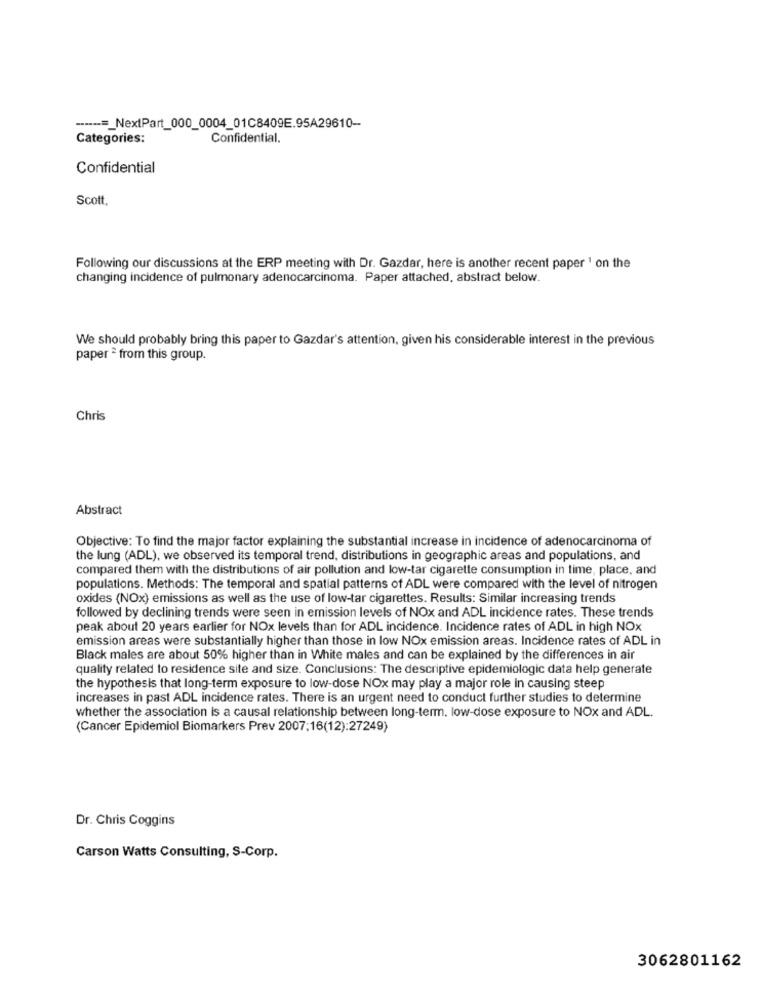
------=_ NextPart_000_0004_01C8409E.95A29610-
Categories:
Confidential.
Confidential
Scott.
Following our discussions at the ERP meeting with Dr. Gazdar, here is another recent paper 1 on the
changing incidence of pulmonary adenocarcinoma. Paper attached, abstract below.
We should probably bring this paper to Gazdar's attention, given his considerable interest in the previous
paper ª from this group.
Chris
Abstract
Objective: To find the major factor explaining the substantial increase in incidence of adenocarcinoma of
the lung (ADL), we observed its temporal trend, distributions in geographic areas and populations, and
compared them with the distributions of air pollution and low-tar cigarette consumption in time, place, and
populations. Methods: The temporal and spatial patterns of ADL were compared with the level of nitrogen
oxides (NOX) emissions as well as the use of low-tar cigarettes. Results: Similar increasing trends
followed by declining trends were seen in emission levels of NOx and ADL incidence rates. These trends
peak about 20 years earlier for NOx levels than for ADL incidence. Incidence rates of ADL in high NOx
emission areas were substantially higher than those in low NOx emission areas. Incidence rates of ADL in
Black males are about 50% higher than in White males and can be explained by the differences in air
quality related to residence site and size. Conclusions: The descriptive epidemiologic data help generate
the hypothesis that long-term exposure to low-dose NOx may play a major role in causing steep
increases in past ADL incidence rates. There is an urgent need to conduct further studies to determine
whether the association is a causal relationship between long-term. low-dose exposure to NOx and ADL.
(Cancer Epidemiol Biomarkers Prev 2007:16(12):27249)
Dr. Chris Coggins
Carson Watts Consulting, S-Corp.
3062801162